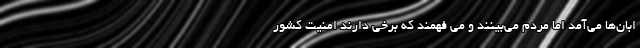
ابان‌ها می‌آمد اما مردم می‌بینند و می فهمند که برخی دارند امنیت کشور